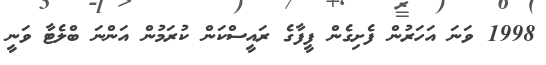
1998 ވަނަ އަހަރުން ފެށިގެން ފީފާގެ ރައީސްކަން ކުރަމުން އަންނަ ބްލެޓާ ވަނީ